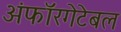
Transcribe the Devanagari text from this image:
अंफॉरगेटेबल